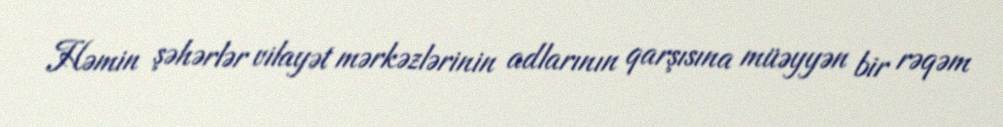
Həmin şəhərlər vilayət mərkəzlərinin adlarının qarşısına müəyyən bir rəqəm